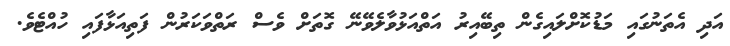
އަދި އެތަނުގައި މަޑުކޮށްލައިގެން ތިބޭއިރު އަތްއަޅުވާލެވޭނޭ ގޮތަށް ވެސް ރަތްވަކަރުން ފަތިއަޅާފައި ހުއްޓެވެ.